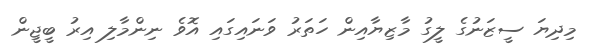
މިދިޔަ ސީޒަނުގެ ލީގު މާޒިޔާއިން ހަތަރު ވަނައިގައި އޮވެ ނިންމާލި އިރު ބީޖީން